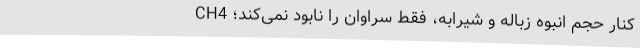
کنار حجم انبوه زباله و شیرابه،‌ فقط سراوان را نابود نمی‌کند؛ CH4